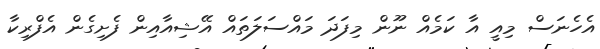
އެހެނަސް މިއީ އާ ކަމެއް ނޫން މިފަދަ މައްސަލަތައް އޭޝިއާއިން ފެށިގެން އެފްރިކާ